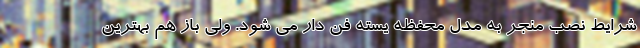
شرایط نصب منجر به مدل محفظه یسته فن دار می شود. ولی باز هم بهترین